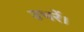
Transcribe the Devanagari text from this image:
उभरें।